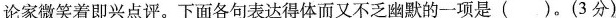
论家微笑着即兴点评。下面各句表达得体而又不乏幽默的一项是()。(3分)